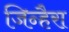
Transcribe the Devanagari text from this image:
जिन्हैरा